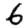
Digit: 6